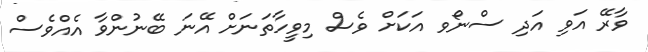
ވާރޭ އަވި އަދި ސްނޯވ އަކަށް ވެސް މިވީހާތަނަށް އޭނަ ބޭނުންވާ އެއްވެސް